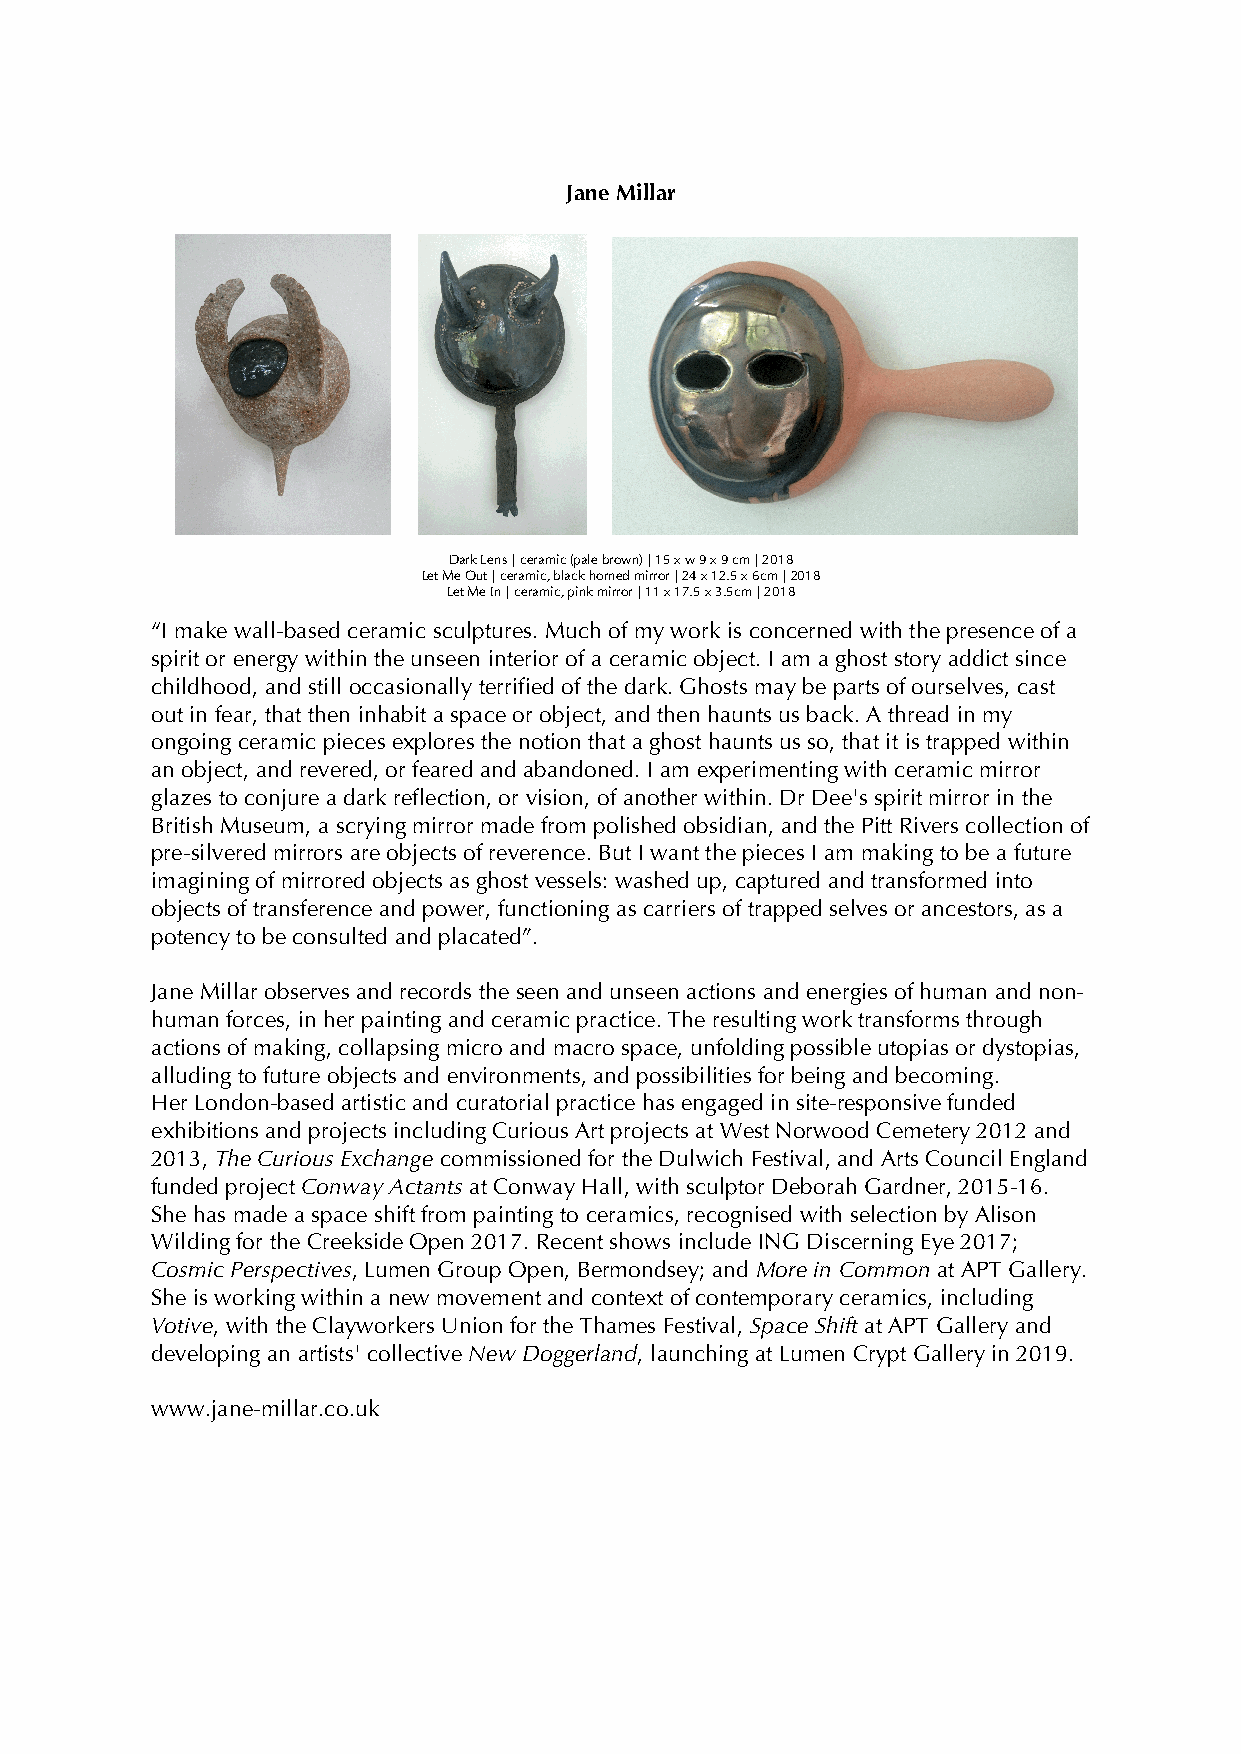
Jane Millar
 Dark Lens | ceramic (pale brown) | 15 x w 9 x 9 cm | 2018
 Let Me Out | ceramic, black horned mirror | 24 x 12.5 x 6cm | 2018
 Let Me In | ceramic, pink mirror | 11 x 17.5 x 3.5cm | 2018
 “I make wall-based ceramic sculptures. Much of my work is concerned with the presence of a
 spirit or energy within the unseen interior of a ceramic object. I am a ghost story addict since
 childhood, and still occasionally terrified of the dark. Ghosts may be parts of ourselves, cast
 out in fear, that then inhabit a space or object, and then haunts us back. A thread in my
 ongoing ceramic pieces explores the notion that a ghost haunts us so, that it is trapped within
 an object, and revered, or feared and abandoned. I am experimenting with ceramic mirror
 glazes to conjure a dark reflection, or vision, of another within. Dr Dee's spirit mirror in the
 British Museum, a scrying mirror made from polished obsidian, and the Pitt Rivers collection of
 pre-silvered mirrors are objects of reverence. But I want the pieces I am making to be a future
 imagining of mirrored objects as ghost vessels: washed up, captured and transformed into
 objects of transference and power, functioning as carriers of trapped selves or ancestors, as a
 potency to be consulted and placated”.
 Jane Millar observes and records the seen and unseen actions and energies of human and non-
 human forces, in her painting and ceramic practice. The resulting work transforms through
 actions of making, collapsing micro and macro space, unfolding possible utopias or dystopias,
 alluding to future objects and environments, and possibilities for being and becoming.
 Her London-based artistic and curatorial practice has engaged in site-responsive funded
 exhibitions and projects including Curious Art projects at West Norwood Cemetery 2012 and
 2013, The Curious Exchange commissioned for the Dulwich Festival, and Arts Council England
 funded project Conway Actants at Conway Hall, with sculptor Deborah Gardner, 2015-16.
 She has made a space shift from painting to ceramics, recognised with selection by Alison
 Wilding for the Creekside Open 2017. Recent shows include ING Discerning Eye 2017;
 Cosmic Perspectives, Lumen Group Open, Bermondsey; and More in Common at APT Gallery.
 She is working within a new movement and context of contemporary ceramics, including
 Votive, with the Clayworkers Union for the Thames Festival, Space Shift at APT Gallery and
 developing an artists' collective New Doggerland, launching at Lumen Crypt Gallery in 2019.
 www.jane-millar.co.uk